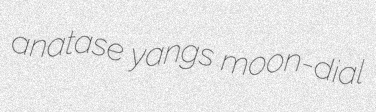
anatase yangs moon-dial